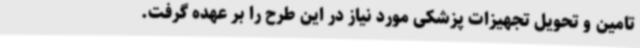
تامین و تحویل تجهیزات پزشکی مورد نیاز در این طرح را بر عهده گرفت.